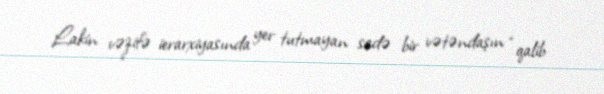
Lakin vəzifə ierarxiyasında yer tutmayan sadə bir vətəndaşın “qalib